Annual report on the working of the Harcourt Butler Institute of Public Health, Rangoon
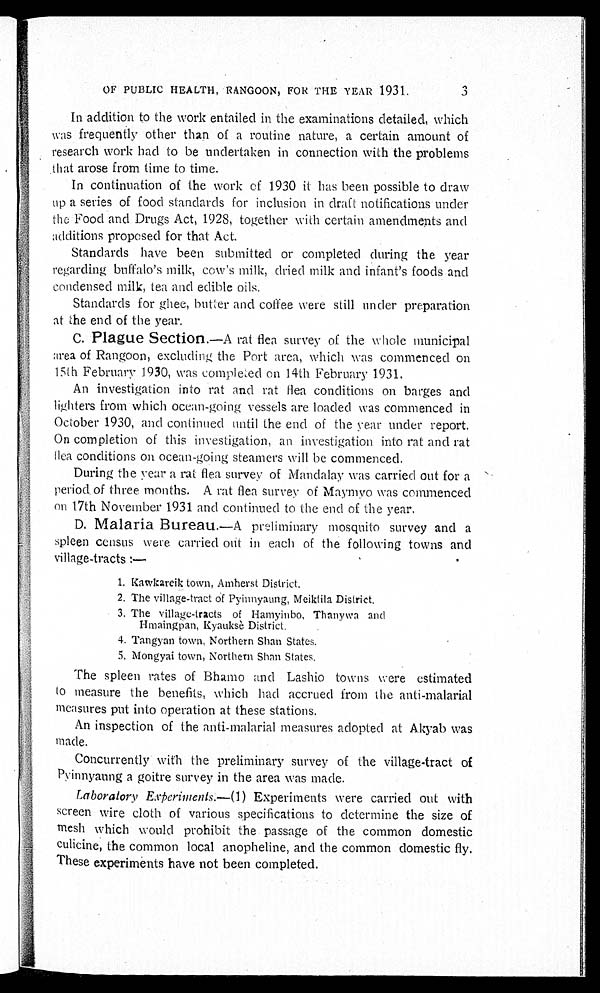
OF PUBLIC HEALTH, RANGOON, FOR THE YEAR 1931.
3
In addition to the work entailed in the examinations detailed, which
was frequently other than of a routine nature, a certain amount of
research work had to be undertaken in connection with the problems
that arose from time to time.
In continuation of the work of 1930 it has been possible to draw
up a series of food standards for inclusion in draft notifications under
the Food and Drugs Act, 1928, together with certain amendments and
additions proposed for that Act.
Standards have been submitted or completed during the year
regarding buffalo's milk, cow's milk, dried milk and infant's foods and
condensed milk, tea and edible oils.
Standards for ghee, butter and coffee were still under preparation
at the end of the year.
C. Plague Section. — A r a t f l e a s u r v e y o f t h e w h o l e m u n i c i p a l
area of Rangoon, excluding the Port area, which was commenced on
15th February 1930, was completed on 14th February 1931.
An investigation into rat and rat flea conditions on barges and
lighters from which ocean-going vessels are loaded was commenced in
October 1930, and continued until the end of the year under report.
On completion of this investigation, an investigation into rat and rat
flea conditions on ocean-going steamers will be commenced.
During the year a rat flea survey of Mandalay was carried out for a
period of three months. A rat flea survey of Maymyo was commenced
on 17th November 1931 and continued to the end of the year.
D. Malaria Bureau.—A preliminary mosquito survey and a
spleen census were carried out in each of the following towns and
village-tracts :—
1. Kawkareik town, Amherst District.
2. The village-tract of Pyinnyaung, Meiktila District.
3. The village-tracts of Hamyinbo, Thanywa and
Hmaingpan, Kyauksè District.
4. Tangyan town, Northern Shan States.
5. Mongyai town, Northern Shan States.
The spleen rates of Bhamo and Lashio towns were estimated
to measure the benefits, which had accrued from the anti-malarial
measures put into operation at these stations.
An inspection of the anti-malarial measures adopted at Akyab was
made.
Concurrently with the preliminary survey of the village-tract of
Pyinnyaung a goitre survey in the area was made.
Laboratory Experiments. —(1) Experiments were carried out with
screen wire cloth of various specifications to determine the size of
mesh which would prohibit the passage of the common domestic
culicine, the common local anopheline, and the common domestic fly.
These experiments have not been completed.